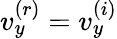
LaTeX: v_{y}^{(r)}=v_{y}^{(i)}